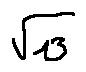
\sqrt { 1 3 }